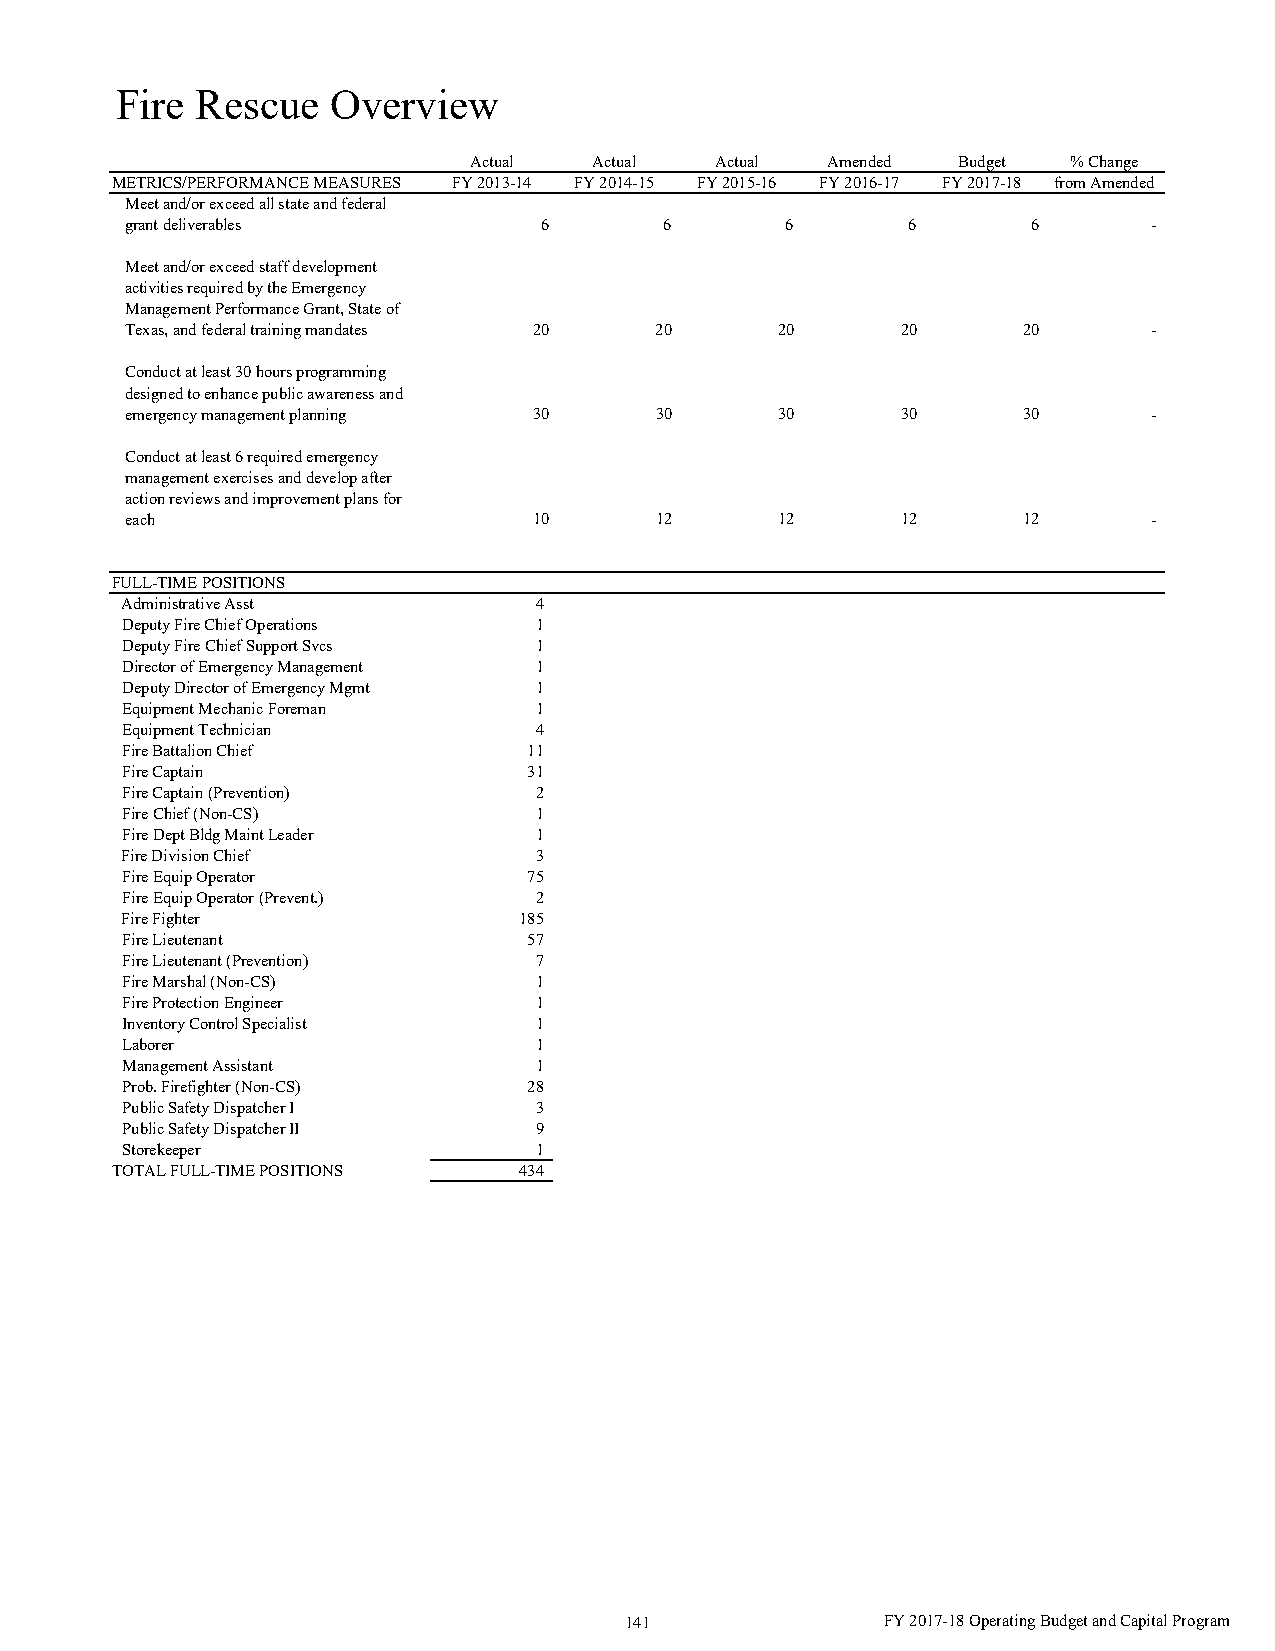
Fire Rescue   Overview
 Actual  Actual  Actual  Amended Budget  % Change
 METRICS/PERFORMANCE MEASURES FY 2013-14 FY 2014-15 FY 2015-16 FY 2016-17 FY 2017-18 from Amended
 Meet and/or exceed all state and federal
 grant deliverables          6       6       6       6       6       -
 Meet and/or exceed staff development
 activities required by the Emergency
 Management Performance Grant, State of
 Texas, and federal training mandates 20 20  20      20      20      -
 Conduct at least 30 hours programming
 designed to enhance public awareness and
 emergency management planning 30   30       30      30      30      -
 Conduct at least 6 required emergency
 management exercises and develop after
 action reviews and improvement plans for
 each                       10      12       12      12      12      -
 FULL-TIME POSITIONS
 Administrative Asst        4
 Deputy Fire Chief Operations 1
 Deputy Fire Chief Support Svcs 1
 Director of Emergency Management 1
 Deputy Director of Emergency Mgmt 1
 Equipment Mechanic Foreman 1
 Equipment Technician       4
 Fire Battalion Chief       1 1
 Fire Captain               3 1
 Fire Captain (Prevention)  2
 Fire Chief (Non-CS)        1
 Fire Dept Bldg Maint Leader 1
 Fire Division Chief        3
 Fire Equip Operator        7 5
 Fire Equip Operator (Prevent.) 2
 Fire Fighter              185
 Fire Lieutenant            5 7
 Fire Lieutenant (Prevention) 7
 Fire Marshal (Non-CS)      1
 Fire Protection Engineer   1
 Inventory Control Specialist 1
 Laborer                    1
 Management Assistant       1
 Prob. Firefighter (Non-CS) 2 8
 Public Safety Dispatcher I 3
 Public Safety Dispatcher II 9
 Storekeeper                1
 TOTAL FULL-TIME POSITIONS  434
 141               FY 2017-18 Operating Budget and Capital Program